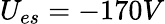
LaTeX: U_{es}=-170V